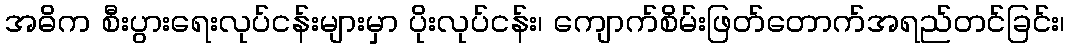
အဓိက စီးပွားရေးလုပ်ငန်းများမှာ ပိုးလုပ်ငန်း၊ ကျောက်စိမ်းဖြတ်တောက်အရည်တင်ခြင်း၊